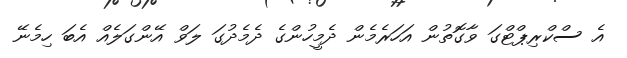
އެ ސްކްރިޕްޓްގަ ވާގޮތުން އަހަރެމެން ދެމީހުންގެ ދެމެދުގަ ލަވް އޭންގަލެއް އެބަ ހިމެނޭ